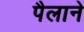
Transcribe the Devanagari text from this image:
पैलाने